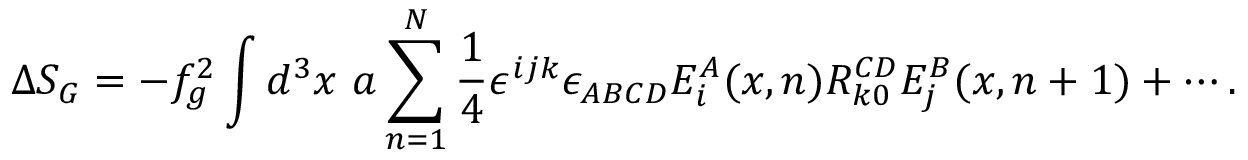
\Delta S _ { G } = - f _ { g } ^ { 2 } \int d ^ { 3 } x ~ a \sum _ { n = 1 } ^ { N } \frac { 1 } { 4 } \epsilon ^ { i j k } \epsilon _ { A B C D } E _ { i } ^ { A } ( x , n ) R _ { k 0 } ^ { C D } E _ { j } ^ { B } ( x , n + 1 ) + \cdots .